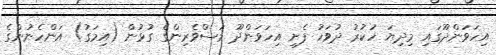
އިހަވަންދޫގައި މިދިޔަ ހުކުރު ދުވަހު ފެށި އިހަވަންދޫ މަސްވެރިންގެ ގުޅުން (އިމަގު) އަންހެނުންގެ